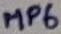
Text: MP6